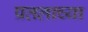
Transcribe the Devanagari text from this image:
प्रतलाच्या